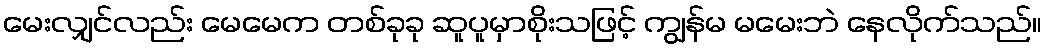
မေးလျှင်လည်း မေမေက တစ်ခုခု ဆူပူမှာစိုးသဖြင့် ကျွန်မ မမေးဘဲ နေလိုက်သည်။